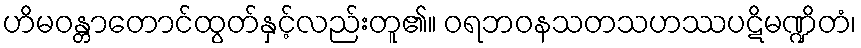
ဟိမဝန္တာတောင်ထွတ်နှင့်လည်းတူ၏။ ဝရဘဝနသတသဟဿပဋိမဏ္ဍိတံ၊